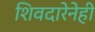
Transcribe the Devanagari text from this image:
शिवदारेनेही